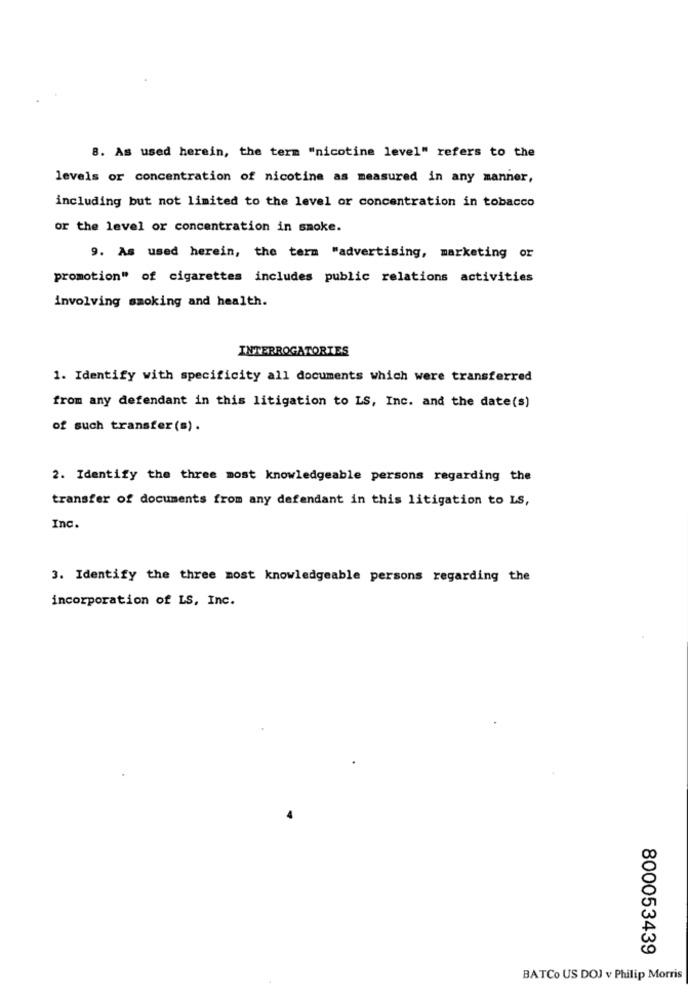
8. As used herein, the term "nicotine level" refers to the
levels or concentration of nicotine as measured in any manner,
including but not limited to the level or concentration in tobacco
or the level or concentration in smoke.
9. As used herein, the term "advertising, marketing or
promotion" of cigarettes includes public relations activities
involving smoking and health.
INTERROGATORIES
1. Identify with specificity all documents which were transferred
from any defendant in this litigation to LS, Inc. and the date(s)
of such transfer(s).
2. Identify the three most knowledgeable persons regarding the
transfer of documents from any defendant in this litigation to LS,
Inc.
3. Identify the three most knowledgeable persons regarding the
incorporation of LS, Inc.
800053439
BATCo US DOJ v Philip Morris